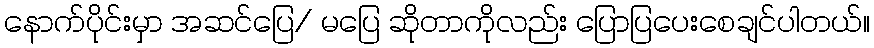
နောက်ပိုင်းမှာ အဆင်ပြေ/ မပြေ ဆိုတာကိုလည်း ပြောပြပေးစေချင်ပါတယ်။